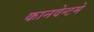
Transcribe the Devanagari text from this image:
कानवेन्टमे